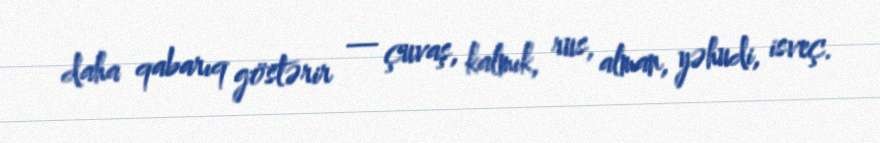
daha qabarıq göstərir — çuvaş, kalmık, rus, alman, yəhudi, isveç.